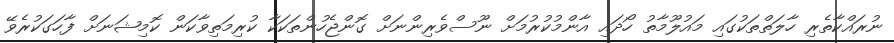
ނުރައްކާތެރި ހާލަތްތަކުގައި މައުލޫމާތު ހޯދައި އާންމުކުރުމަށް ނޫސްވެރިންނަށް ގޮންޖެހުންތަކަކާ ކުރިމަތިވާކަން ކޮމިޝަނަށް ފާހަގަކުރެވޭ